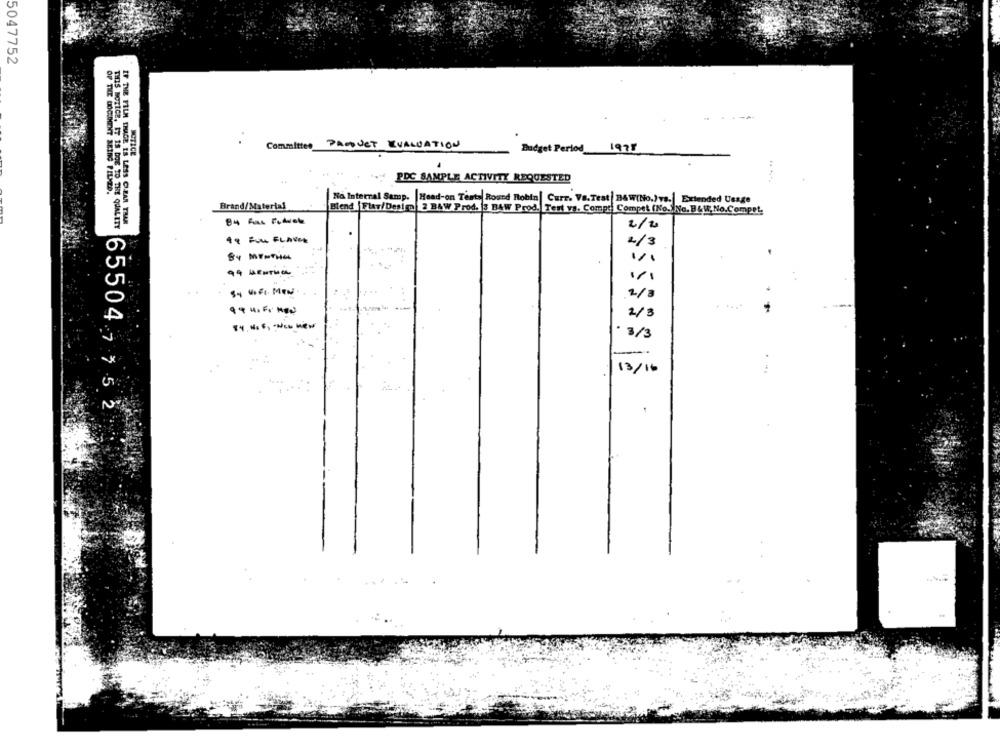
5047752
Committee PARQUET EVALUATION
1978
NOTICE
PDC SAMPLE ACTIVITY REQUESTED
OF THE DOCUMENT BEING FILMED.
No Internal Samp. Head-on Testy Round Robin| Curr. Va.Test B&W(No.)vs. Extended Usage
Brand/Material
Blend Flay/Design 2 BAW Prod. 3 BAW Prod. Test vs. Compt Compet (No ., No. B &W. No.Compet.
THIS NOTICE, IT IS DOE TO THE QUALITY
IF THE FILM IMAGE IS LESS CZAR TRAR
2/2
18 FULL FLANCE
2/3
99 MENTHOL
2/8
.....
2/3
84. 4: 6, " New new
. 3/3
18/16
65504 7 5 2
.